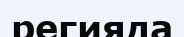
регияда